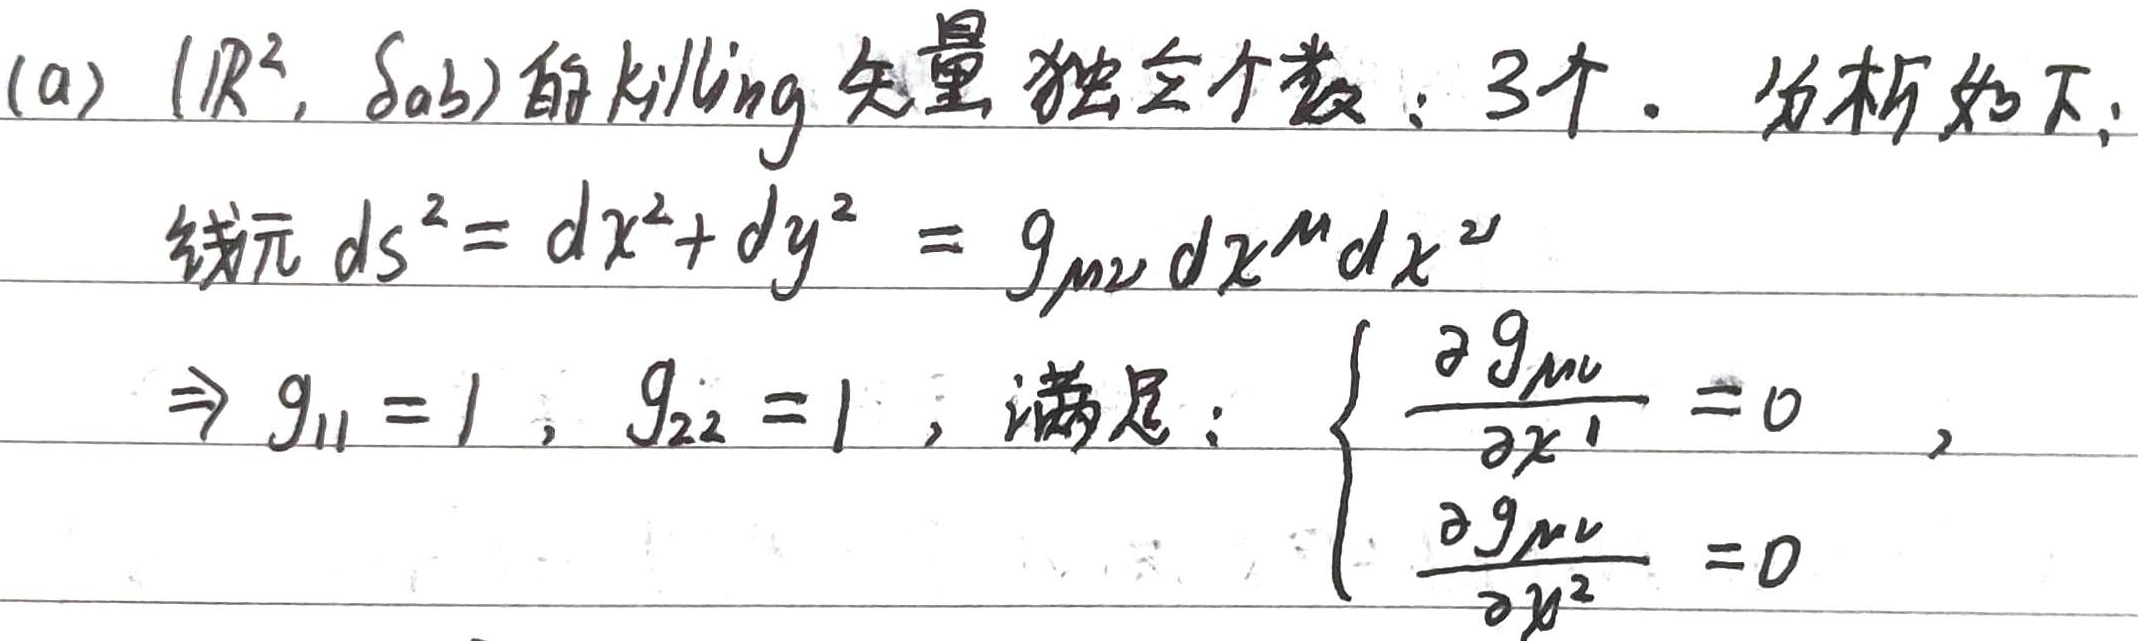
(a) $(\mathbb{R}^{2},\delta_{ab})$ 的 Killing 矢量独立个数：3 个。分析如下：线元
\[
ds^{2}=dx^{2}+dy^{2}=g_{\mu\nu}dx^{\mu}dx^{\nu}
\]
\(\Rightarrow g_{11}=1,g_{22}=1\)，满足：
\[
\begin{cases}
\frac{\partial g_{\mu\nu}}{\partial x^{1}} = 0\\
\frac{\partial g_{\mu\nu}}{\partial x^{2}} = 0
\end{cases}
\]